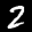
Label: 2